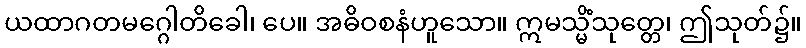
ယထာဂတမဂ္ဂေါတိခေါ၊ ပေ။ အဓိဝစနံဟူသော။ ဣမသ္မိံသုတ္တေ၊ ဤသုတ်၌။